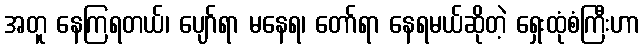
အတူ နေကြရတယ်၊ ပျော်ရာ မနေရ၊ တော်ရာ နေရမယ်ဆိုတဲ့ ရှေးထုံစံကြီးဟာ